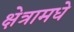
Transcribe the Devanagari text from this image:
क्षेत्रामधे